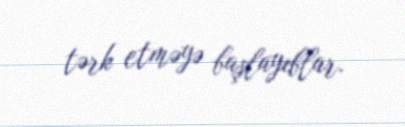
tərk etməyə başlayıblar.